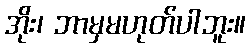
အိုး၊ ဘာမှမဟုတ်ပါဘူး။